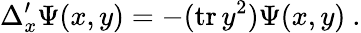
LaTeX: \Delta_{x}^{\prime}\Psi(x,y)=-(\mathrm{tr}\, y^{2})\Psi(x,y)\ .